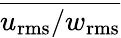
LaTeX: \overline{{u_{\mathrm{rms}}/w_{\mathrm{rms}}}}